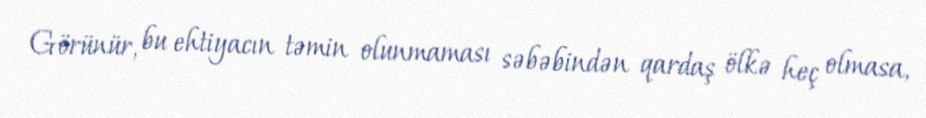
Görünür, bu ehtiyacın təmin olunmaması səbəbindən qardaş ölkə heç olmasa,